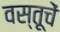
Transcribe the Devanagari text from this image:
वस्तूचें